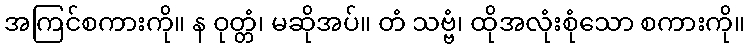
အကြင်စကားကို။ န ဝုတ္တံ၊ မဆိုအပ်။ တံ သဗ္ဗံ၊ ထိုအလုံးစုံသော စကားကို။